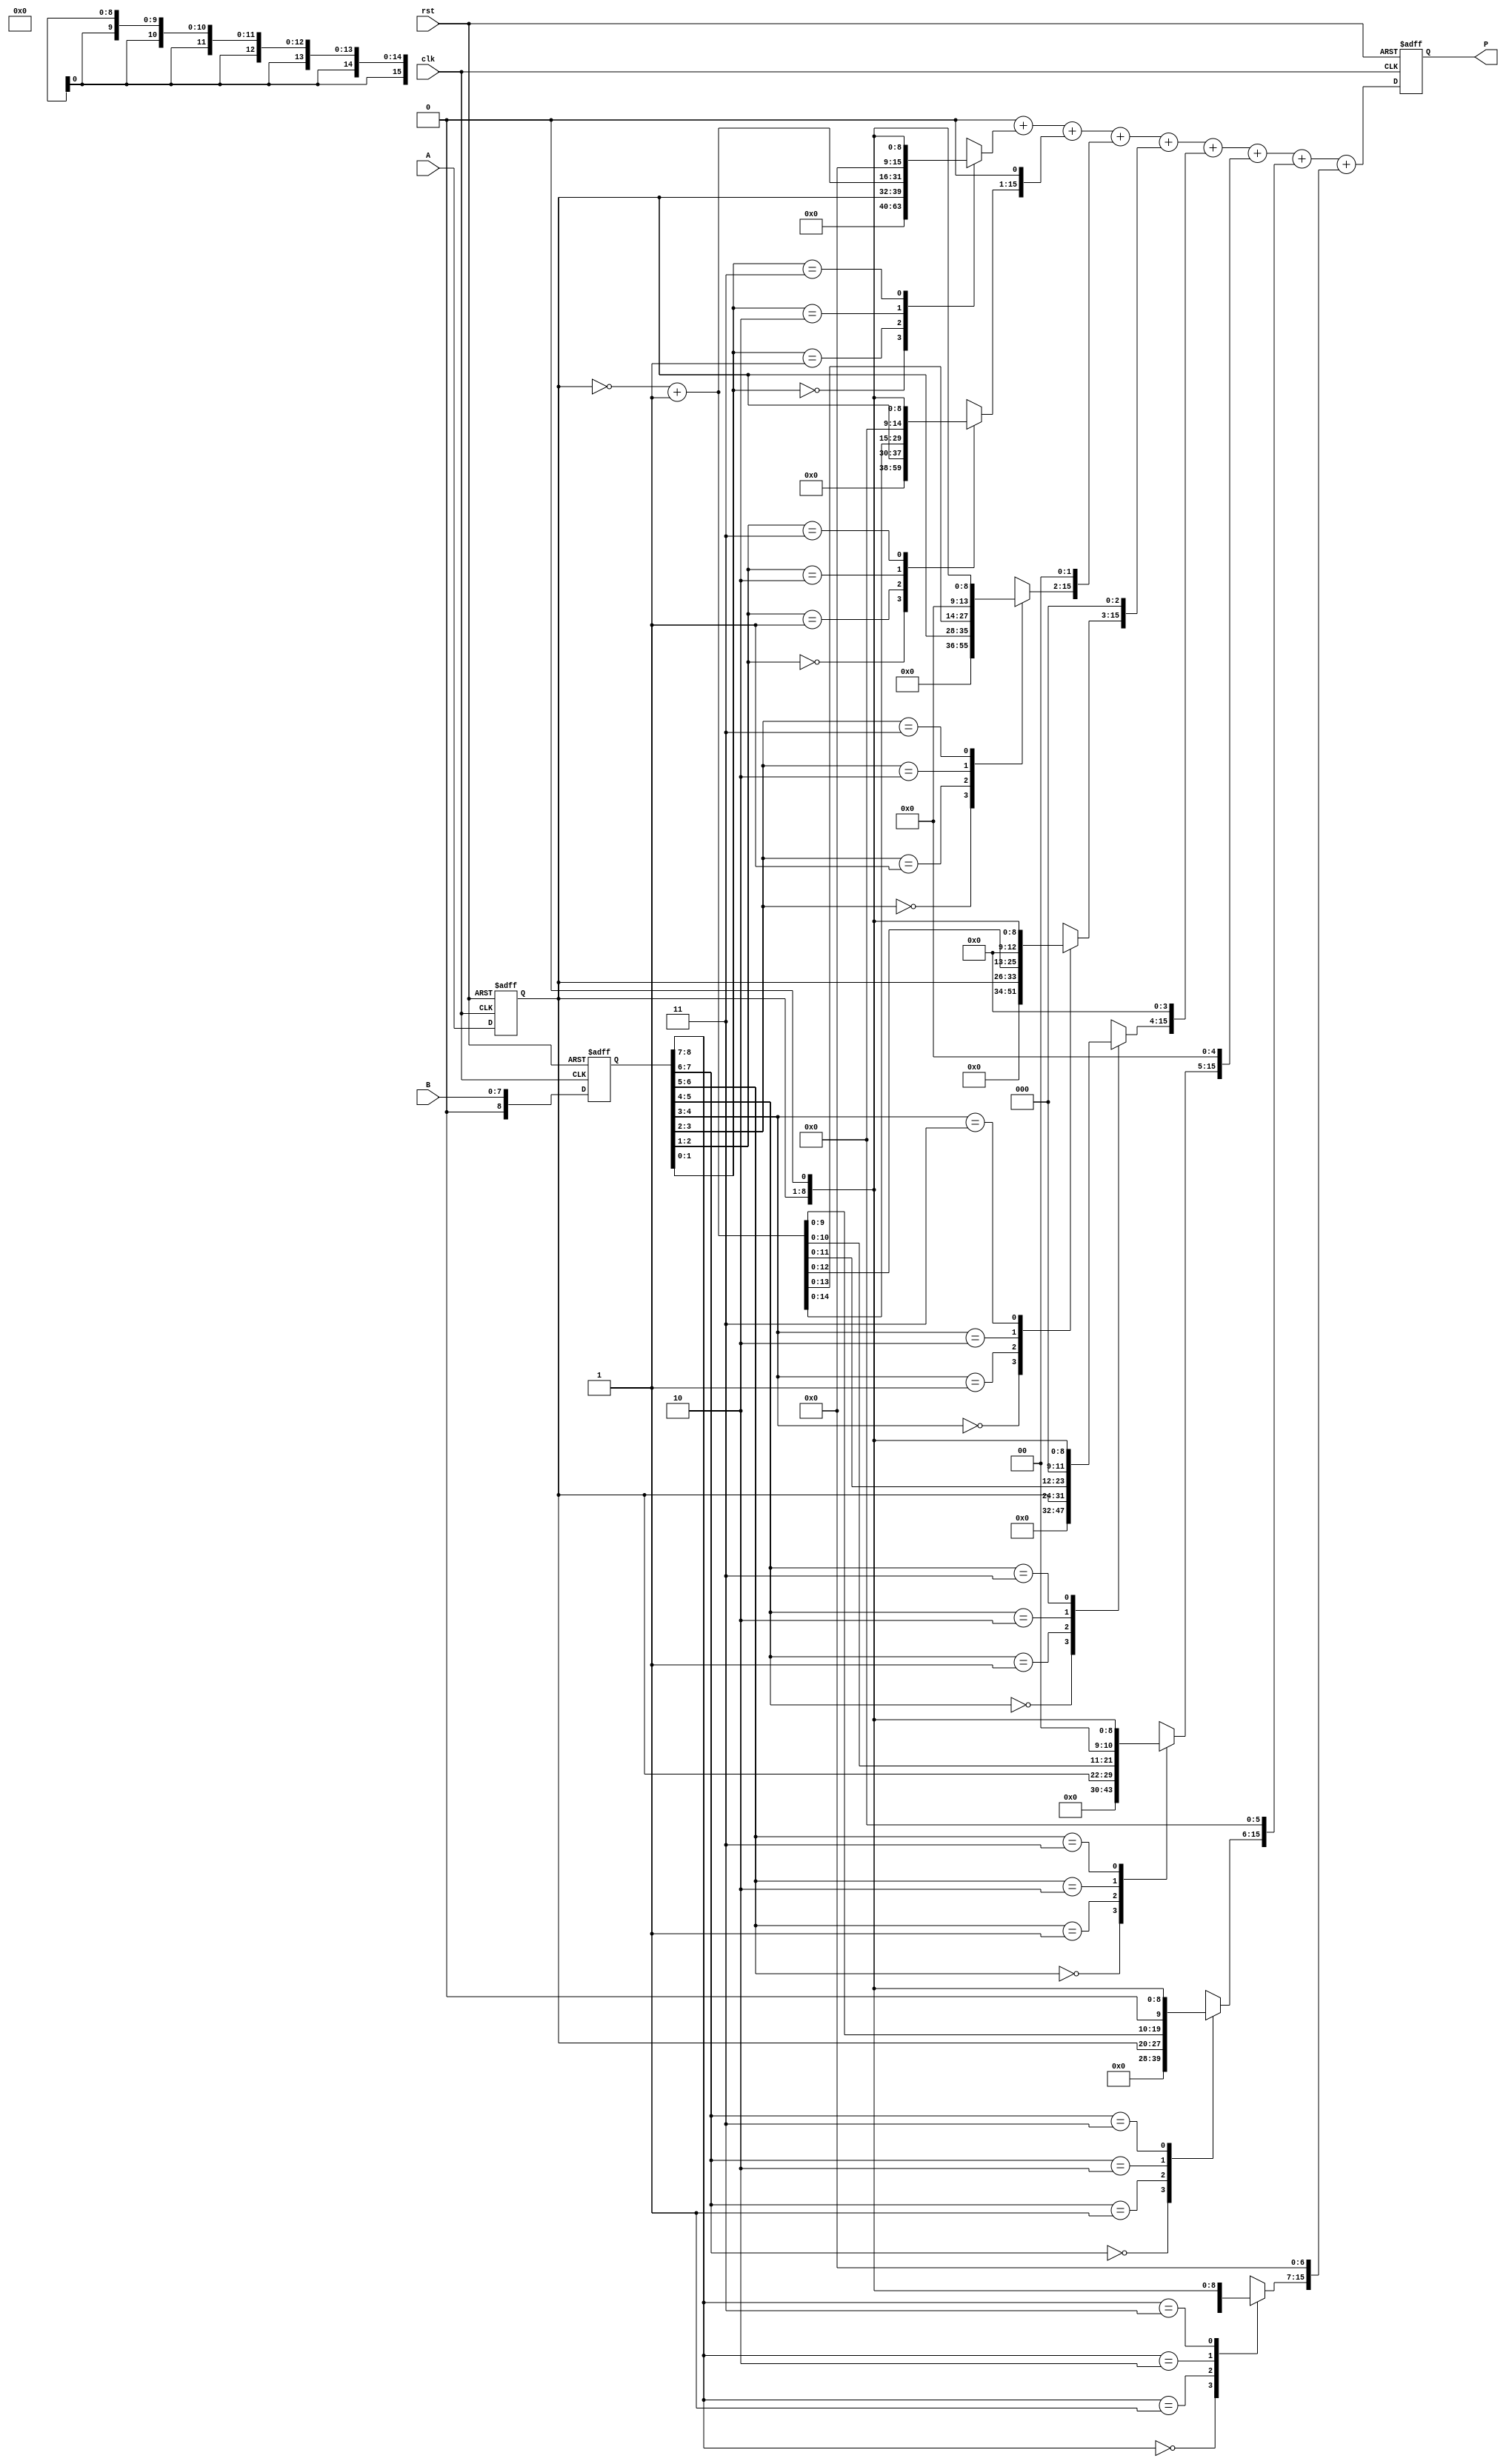
module radix4_multiplier #(parameter N = 8) (
    input  wire [N-1:0] A,       // Multiplicand
    input  wire [N-1:0] B,       // Multiplier
    output reg  [2*N-1:0] P,     // Product
    input  wire clk,              // Clock
    input  wire rst               // Reset
);

    reg [N-1:0] A_reg;
    reg [N:0] B_reg;              // Extended to hold the previous bit
    reg [2*N-1:0] partial_product [0:N-1]; // Partial products
    reg [2*N-1:0] sum;            // Accumulator for final product
    reg [2*N-1:0] temp_sum;       // Temporary sum for addition
    integer i;

    // Booth's encoding and partial product generation
    always @(posedge clk or posedge rst) begin
        if (rst) begin
            P <= 0;
            A_reg <= 0;
            B_reg <= 0;
            sum <= 0;
        end else begin
            A_reg <= A;
            B_reg <= {1'b0, B}; // Extend B for the previous bit
            
            // Initialize partial products to zero
            for (i = 0; i < N; i = i + 1) begin
                partial_product[i] = 0;
            end

            // Generate partial products based on Booth's algorithm
            for (i = 0; i < N; i = i + 1) begin
                case (B_reg[i+1:i])
                    2'b00: partial_product[i] = 0;                     // 00 -> 0
                    2'b01: partial_product[i] = A_reg;                 // 01 -> A
                    2'b10: partial_product[i] = ~A_reg + 1;            // 10 -> -A (2's complement)
                    2'b11: partial_product[i] = A_reg << 1;            // 11 -> 2A
                endcase
            end
            
            // Accumulate partial products
            sum = 0;
            for (i = 0; i < N; i = i + 1) begin
                temp_sum = partial_product[i] << (i * 1); // Align partial products
                sum = sum + temp_sum;                     // Accumulate
            end
            
            P <= sum; // Final product
        end
    end
endmodule